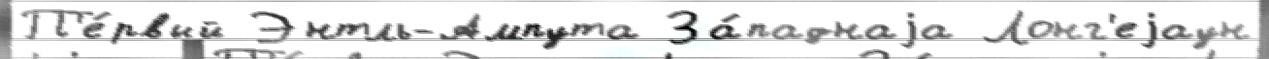
П'е́рвый Энтль-Ампута За́паднаjа Лонг'еjаун